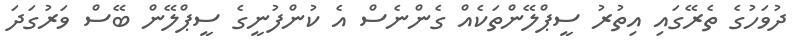
ދުވަހުގެ ތެރޭގައި އިތުރު ސީޕްލޭންތަކެއް ގެންނެސް އެ ކުންފުނީގެ ސީޕްލޭން ބޭސް ވަރުގަދަ